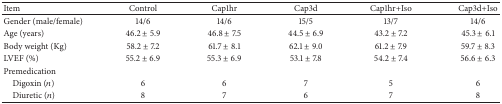
<table><thead><tr><td><b>Item</b></td><td><b>Control</b></td><td><b>Cap1hr</b></td><td><b>Cap3d</b></td><td><b>Cap1hr+Iso</b></td><td><b>Cap3d+Iso</b></td></tr></thead><tbody><tr><td>Gender (male/female)</td><td>14/6</td><td>14/6</td><td>15/5</td><td>13/7</td><td>14/6</td></tr><tr><td>Age (years)</td><td>46.2 ± 5.9</td><td>46.8 ± 7.5</td><td>44.5 ± 6.9</td><td>43.2 ± 7.2</td><td>45.3 ± 6.1</td></tr><tr><td>Body weight (Kg)</td><td>58.2 ± 7.2</td><td>61.7 ± 8.1</td><td>62.1 ± 9.0</td><td>61.2 ± 7.9</td><td>59.7 ± 8.3</td></tr><tr><td>LVEF (%)</td><td>55.2 ± 6.9</td><td>55.3 ± 6.9</td><td>53.1 ± 7.8</td><td>54.2 ± 7.4</td><td>56.6 ± 6.3</td></tr><tr><td>Premedication</td><td> </td><td> </td><td> </td><td> </td><td> </td></tr><tr><td> Digoxin (<i>n</i>)</td><td>6</td><td>6</td><td>7</td><td>5</td><td>6</td></tr><tr><td> Diuretic (<i>n</i>)</td><td>8</td><td>7</td><td>6</td><td>7</td><td>8</td></tr></tbody></table>